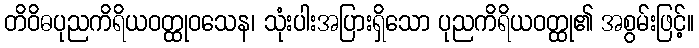
တိဝိဓပုညကိရိယဝတ္ထုဝသေန၊ သုံးပါးအပြားရှိသော ပုညကိရိယဝတ္ထု၏ အစွမ်းဖြင့်။